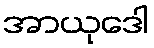
အာယုဒေါ